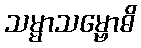
သမ္မာသမ္ဗောဓိ